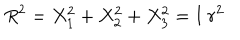
LaTeX: R ^ { 2 } = X _ { 1 } ^ { 2 } + X _ { 2 } ^ { 2 } + X _ { 3 } ^ { 2 } = \mathbf { I } ~ r ^ { 2 }